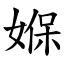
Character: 媬